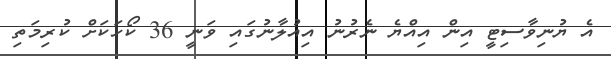
އެ ޔުނިވާސިޓީ އިން އިއްޔެ ނެރުނު އިއުލާނުގައި ވަނީ 36 ކޯހަކަށް ކުރިމަތި